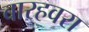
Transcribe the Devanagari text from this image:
बारहवरा